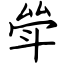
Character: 斚